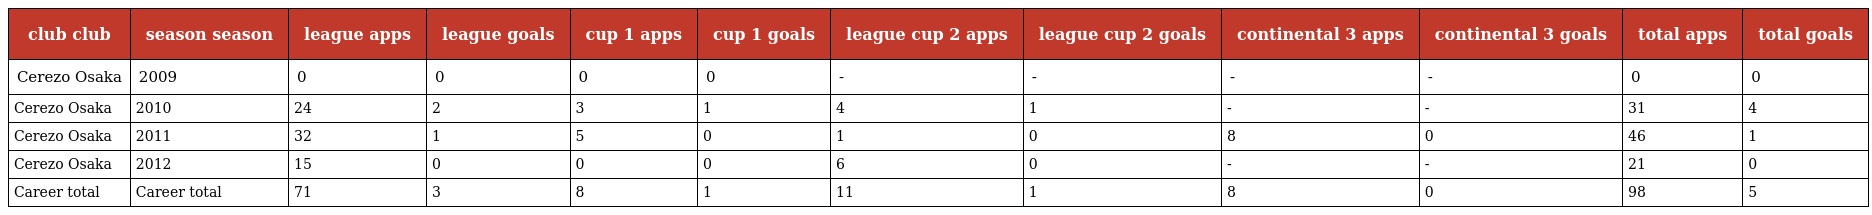
| club club | season season | league apps | league goals | cup 1 apps | cup 1 goals | league cup 2 apps | league cup 2 goals | continental 3 apps | continental 3 goals | total apps | total goals |
 | --- | --- | --- | --- | --- | --- | --- | --- | --- | --- | --- | --- |
 | Cerezo Osaka | 2009 | 0 | 0 | 0 | 0 | - | - | - | - | 0 | 0 |
 | Cerezo Osaka | 2010 | 24 | 2 | 3 | 1 | 4 | 1 | - | - | 31 | 4 |
 | Cerezo Osaka | 2011 | 32 | 1 | 5 | 0 | 1 | 0 | 8 | 0 | 46 | 1 |
 | Cerezo Osaka | 2012 | 15 | 0 | 0 | 0 | 6 | 0 | - | - | 21 | 0 |
 | Career total | Career total | 71 | 3 | 8 | 1 | 11 | 1 | 8 | 0 | 98 | 5 |